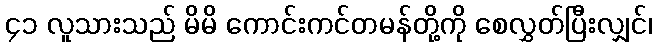
၄၁ လူသားသည် မိမိ ကောင်းကင်တမန်တို့ကို စေလွှတ်ပြီးလျှင်၊